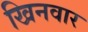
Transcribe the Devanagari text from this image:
खिनवार